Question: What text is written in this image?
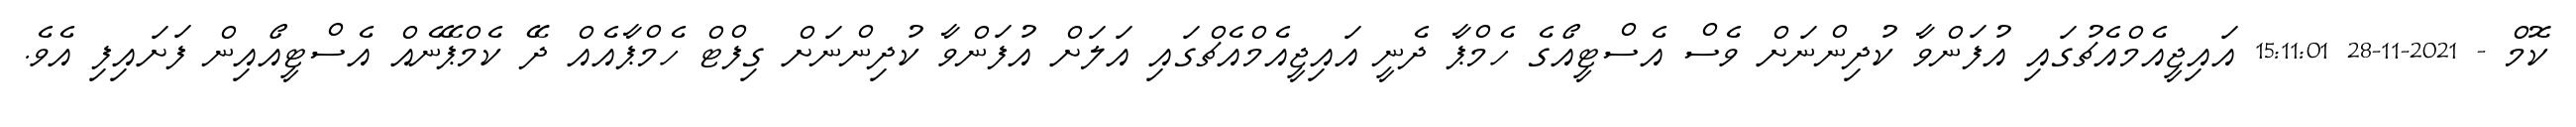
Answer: ކޮމް - 2021-11-28 15:11:01 އައިޖީއެމްއެޗުގައި އުފަންވާ ކުދިންނަށް ވެސް އެސްޓީއޯގެ ހެމްޕާ ދެނީ އައިޖީއެމްއެޗްގައި އަލަށް އުފަންވާ ކުދިންނަށް ގިފްޓް ހެމްޕާއެއް ދޭ ކެމްޕޭނެއް އެސްޓީއޯއިން ފަށައިފި އެވެ.